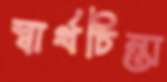
স্বার্থচিন্তা